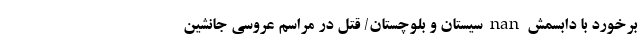
برخورد با دابسمش nan سیستان و بلوچستان/ قتل در مراسم عروسی جانشین